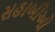
સહાબીઓ